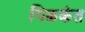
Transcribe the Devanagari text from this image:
गिळकंत